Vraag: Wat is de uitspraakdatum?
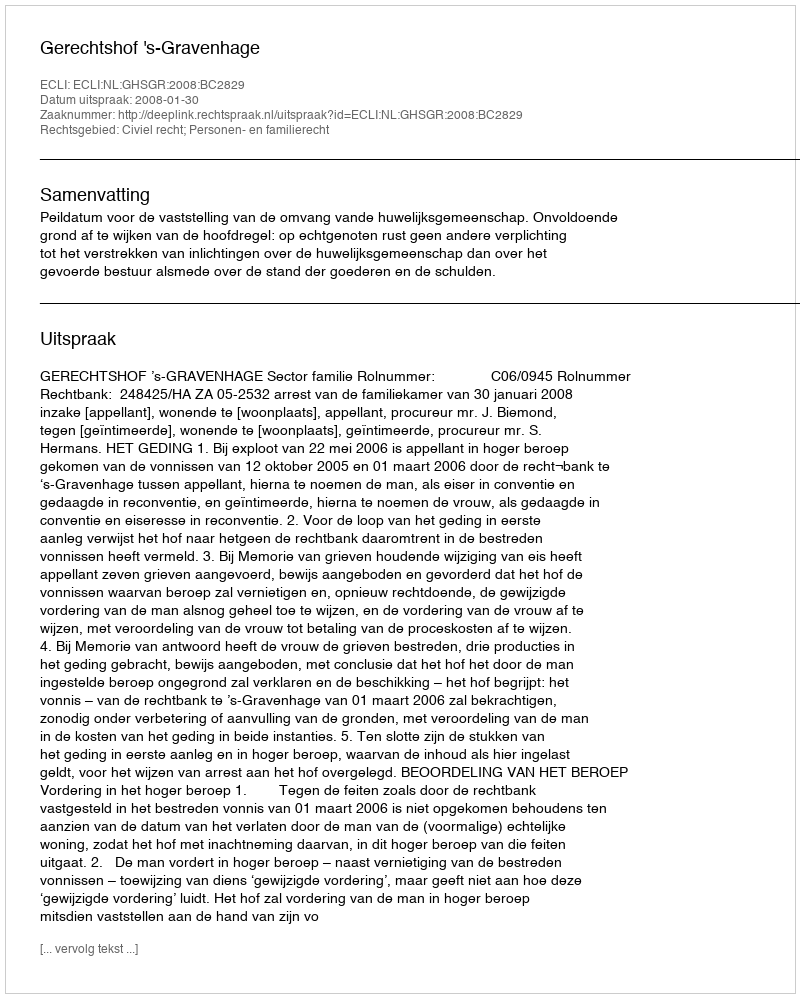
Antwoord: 2008-01-30